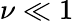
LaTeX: \nu\ll 1